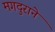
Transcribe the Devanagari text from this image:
मगदुराने